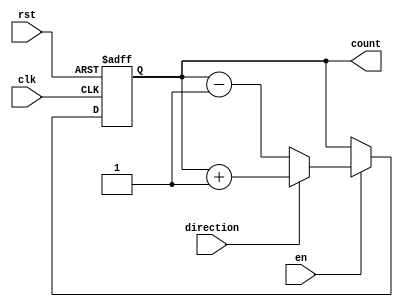
module synchronous_counter (
    input clk,
    input rst,
    input en,
    input direction,
    output reg [3:0] count
);

always @ (posedge clk or posedge rst)
begin
    if (rst)
        count <= 4'b0000;
    else if (en)
    begin
        if (direction)
            count <= count + 4'b0001;
        else
            count <= count - 4'b0001;
    end
end

endmodule